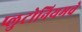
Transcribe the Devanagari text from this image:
प्लुटोनियमचे